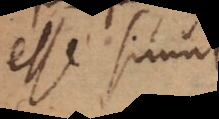
esse simul,